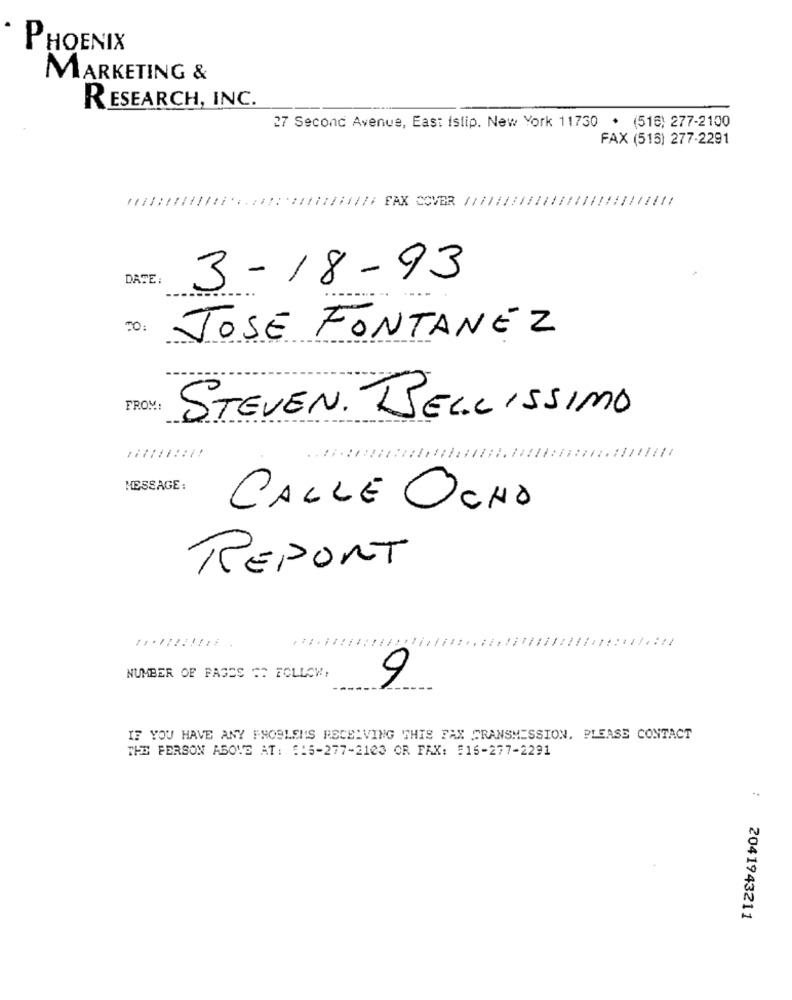
PHOENIX
MARKETING &
RESEARCH, INC.
27 Second Avenue, East istip. New York 11730 . (516) 277-2100
FAX (515) 277-2291
DATE
3-18-93
JOSÉ FONTANEZ
FROM:
STEVEN. BELLISSIMO
MESSAGE:
CALLE OCHO
REPORT
NUMBER OF PAGES =" FOLLOW,
9
IF YOU HAVE ANY PROBLEMS RECEIVING THIS FAX TRANSMISSION, PLEASE CONTACT
THE PERSON ABOVE AT: :: 5-277-2103 OR FAX: 516-277-2291
: 2041943211